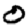
Digit: 0